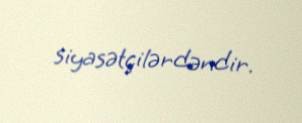
siyasətçilərdəndir.